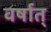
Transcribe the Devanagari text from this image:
वर्षात्